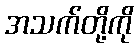
အသက်တို့ကို